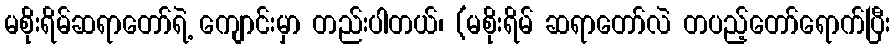
မစိုးရိမ်ဆရာတော်ရဲ့ ကျောင်းမှာ တည်းပါတယ်၊ (မစိုးရိမ် ဆရာတော်လဲ တပည့်တော်ရောက်ပြီး